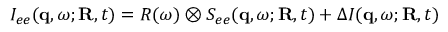
I _ { e e } ( { \bf q } , \omega ; { \bf R } , t ) = R ( \omega ) \otimes S _ { e e } ( { \bf q } , \omega ; { \bf R } , t ) + \Delta I ( { \bf q } , \omega ; { \bf R } , t )